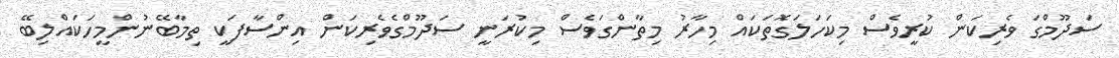
ސަދޫމްގަ ވެރިކަން ކުރީވެސް މިކަހަލަގޮތަކައް މިހާރު މިތާންގަވެސް މިކުރަނީ ސަދޫމްގެވެރިކަން އިންސާފަކީ ތިމާބޭނުންމީހަކައްލިބޭ